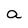
Character: a